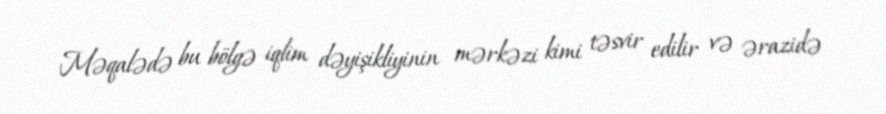
Məqalədə bu bölgə iqlim dəyişikliyinin mərkəzi kimi təsvir edilir və ərazidə